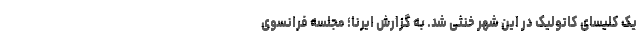
یک کلیسای کاتولیک در این شهر خنثی شد. به گزارش ایرنا؛ مجلسه فرانسوی